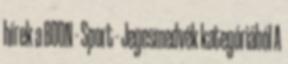
hírek a BOON - Sport - Jegesmedvék kategóriából A